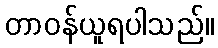
တာဝန်ယူရပါသည်။